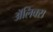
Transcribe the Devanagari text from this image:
ॲलिक्स